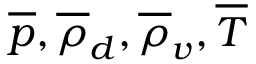
\overline { { p } } , \overline { { \rho } } _ { d } , \overline { { \rho } } _ { v } , \overline { { T } }